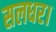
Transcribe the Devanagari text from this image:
सलधर।